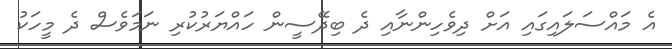
އެ މައްސަލައިގައި އަށް ދިވެހިންނާއި ދެ ބިދޭސީން ހައްޔަރުކުރި ނަމަވެސް ދެ މީހަކު